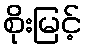
စိုးမြင့်